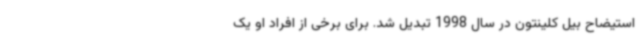
استیضاح بیل کلینتون در سال 1998 تبدیل شد. برای برخی از افراد او یک